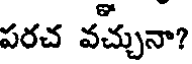
పరచ వచ్చునా?